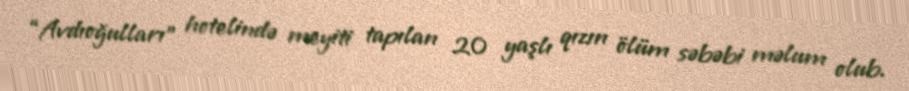
“Avdıoğulları” hotelində meyiti tapılan 20 yaşlı qızın ölüm səbəbi məlum olub.